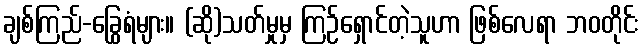
ချစ်ကြည်-ခြွေရံများ။ (ဆို)သတ်မှုမှ ကြဉ်ရှောင်တဲ့သူဟာ ဖြစ်လေရာ ဘဝတိုင်း